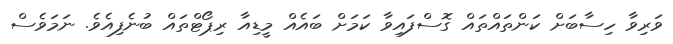
ވަރިވާ ހިސާބަށް ކަންތައްތައް ގޮސްފައިވާ ކަމަށް ބައެއް މީޑިއާ ރިޕޯޓްތައް ބުނެފިއެވެ. ނަމަވެސް